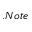
. N o t e